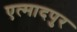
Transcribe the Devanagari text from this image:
एत्मादपुर